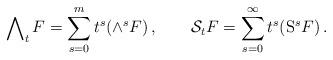
LaTeX: \begin{align*}\bigwedge\nolimits_t F=\sum^m_{s=0}t^s(\wedge^s F)\,,\qquad \mathcal{S}_t F=\sum_{s=0}^\infty t^s (\mathrm{S}^s F)\,.\end{align*}